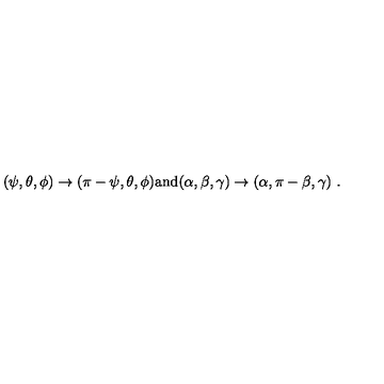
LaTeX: ( \psi , \theta , \phi ) \to ( \pi - \psi , \theta , \phi ) \mathrm { a n d } ( \alpha , \beta , \gamma ) \to ( \alpha , \pi - \beta , \gamma ) \ .